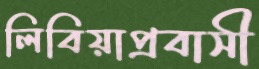
লিবিয়াপ্রবাসী